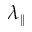
\lambda _ { \parallel }